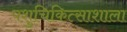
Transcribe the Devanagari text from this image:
पशुचिकित्साशाला